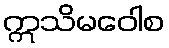
ဣသိမဝေါစ